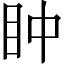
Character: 𥄡